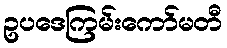
ဥပဒေကြမ်းကော်မတီ